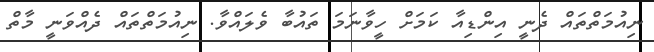
ނިއުމަތްތައް ދެނީ އިންޑިއާ ކަމަށް ހީވާނަމަ ތައުބާ ވެލައްވާ. ނިއުމަތްތައް ދެއްވަނީ މާތް